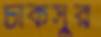
চাকসুর